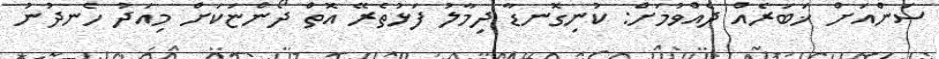
ސަންއަށް ޚަބަރެއް ދެއްވުމަށް: ކުނިގޮނޑާ ދިމާލު ފަޅުތެރޭ އޮތް ދޯންޏަކަށް މިއަދު ހެނދުނު